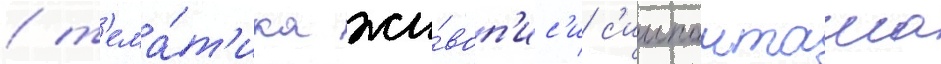
/ т'ема́т'ика жи́воп'ис'и с'иипанташа